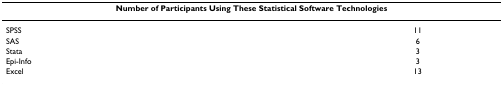
<table><thead><tr><td colspan="2"><b>Number of Participants Using These Statistical Software Technologies</b></td></tr></thead><tbody><tr><td>SPSS</td><td>11</td></tr><tr><td>SAS</td><td>6</td></tr><tr><td>Stata</td><td>3</td></tr><tr><td>Epi-Info</td><td>3</td></tr><tr><td>Excel</td><td>13</td></tr></tbody></table>